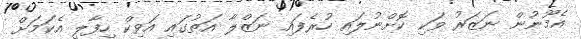
އެމޫނުން ނަޒަރު ވަކި ކޮށްނުލައި ހުރެފައި ނަޒްލާ އަތުގައި އަވިކް ހިފާލީ އެކަމަށް